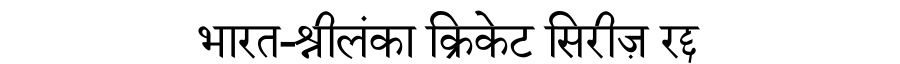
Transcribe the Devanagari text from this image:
भारत-श्रीलंका क्रिकेट सिरीज़ रद्द